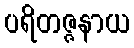
ပရိတဇ္ဇနာယ